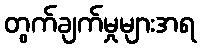
တွက်ချက်မှုများအရ